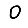
Digit: 0